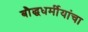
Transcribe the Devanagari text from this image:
बौद्धधर्मीयांचा